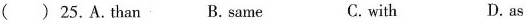
( ) 25.A.than B. same C.with D.as